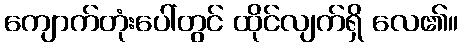
ကျောက်တုံးပေါ်တွင် ထိုင်လျက်ရှိ လေ၏။